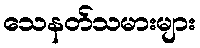
သေနတ်သမားများ